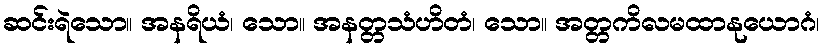
ဆင်းရဲသော။ အနရိယံ၊ သော။ အနတ္တသံဟိတံ၊ သော။ အတ္တကိလမထာနုယောဂံ၊